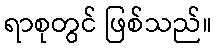
ရာစုတွင် ဖြစ်သည်။